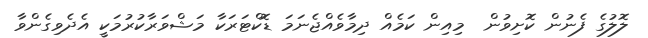
ލޮލުގެ ފެނުން ކޮށިވުން  މިއިން ކަމެއް ދިމާވެއްޖެނަމަ ޑޮކްޓަރަކާ މަޝްވަރާކުރުމަކީ އެދެވިގެންވާ